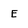
Character: E